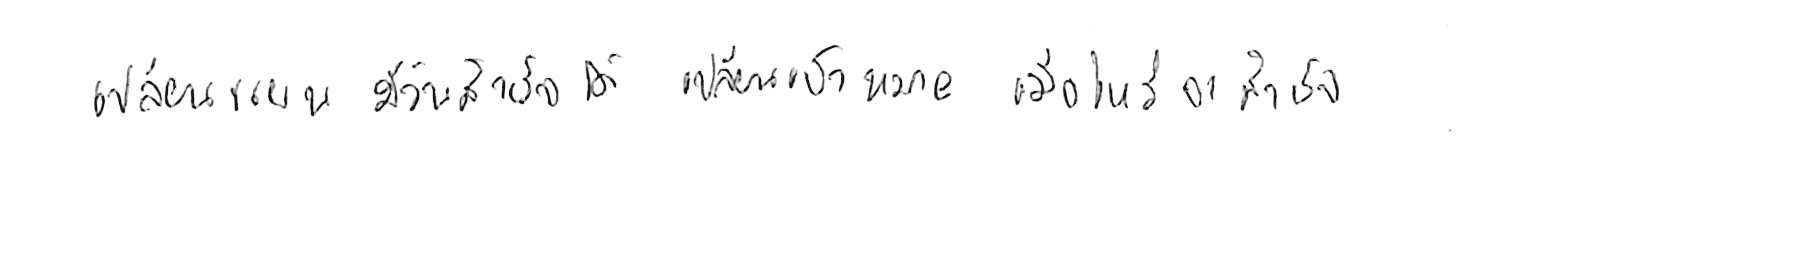
เปลี่ยนแผน มีวันสำเร็จได้ เปลี่ยนเป้าหมาย เมื่อไหร่จะสำเร็จ